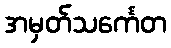
အမှတ်သင်္ကေတ